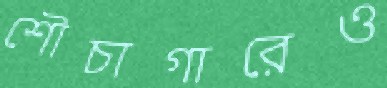
শৌচাগারেও